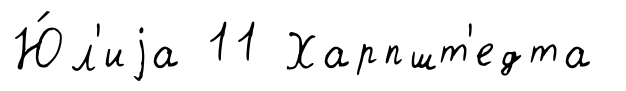
Ю́л'иjа 11 Харпшт'едта